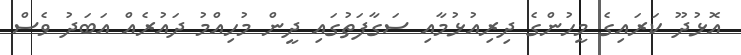
އޮޅުދޫ ކަރައިގެ މީހުންގެ ދިރިއުޅުމާއި ސަގާފަތުގައި ދީން މުހިއްމު ދައުރެއް އަބަދު ވެސް